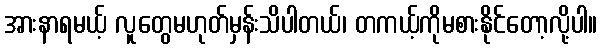
အားနာရမယ့် လူတွေမဟုတ်မှန်းသိပါတယ်၊ တကယ့်ကိုမစားနိုင်တော့လို့ပါ။